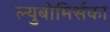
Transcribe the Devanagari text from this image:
ल्युबोमिर्सका